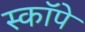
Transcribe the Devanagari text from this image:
स्कॉपे